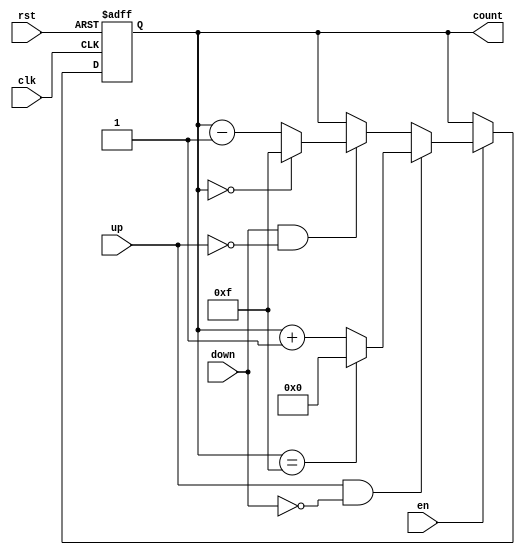
module binary_counter (
    input wire clk,           // Clock input
    input wire rst,           // Asynchronous reset input
    input wire en,            // Enable input
    input wire up,            // Up-counting mode select
    input wire down,          // Down-counting mode select
    output reg [3:0] count    // 4-bit counter output
);

    // Parameter for maximum count value (for a 4-bit counter, max is 15)
    parameter MAX_COUNT = 4'b1111;
    parameter MIN_COUNT = 4'b0000;

    // Asynchronous reset and counting logic
    always @(posedge clk or posedge rst) begin
        if (rst) begin
            // Reset the counter to 0
            count <= MIN_COUNT;
        end else if (en) begin
            if (up && !down) begin
                // Count up
                if (count == MAX_COUNT) begin
                    count <= MIN_COUNT; // Roll over to 0
                end else begin
                    count <= count + 1; // Increment count
                end
            end else if (down && !up) begin
                // Count down
                if (count == MIN_COUNT) begin
                    count <= MAX_COUNT; // Roll over to max
                end else begin
                    count <= count - 1; // Decrement count
                end
            end
            // If both up and down are low, do nothing (hold current value)
        end
    end

endmodule